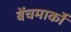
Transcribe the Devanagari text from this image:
बेंचमार्कों